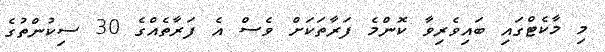
މި މާކެޓްގައި ބައިވެރިވާ ކޮންމެ ފަރާތަކަށް ވެސް އެ ފަރާތެއްގެ 30 ސިކުންތުގެ